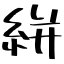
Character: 絣